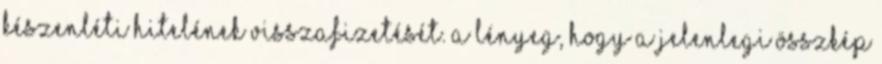
készenléti hitelének visszafizetését. A lényeg, hogy a jelenlegi összkép